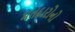
મતદારોનો